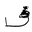
Letter: _fa